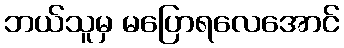
ဘယ်သူမှ မပြောရလေအောင်